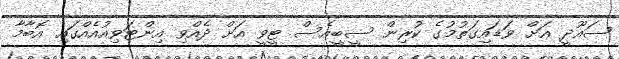
ސައޫދީ އަށް ވަޑައިގަތުމުގެ ކުރިން ސީބީއެސް ޓީވީ އަށް ދެއްވި އިންޓަވިއުއެއްގައި އޮބާމާ